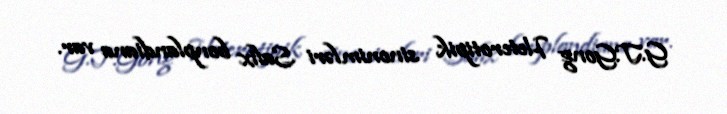
G.T.Gong Heterotipik sinonimləri Salix bonplandiana var.